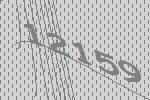
12159